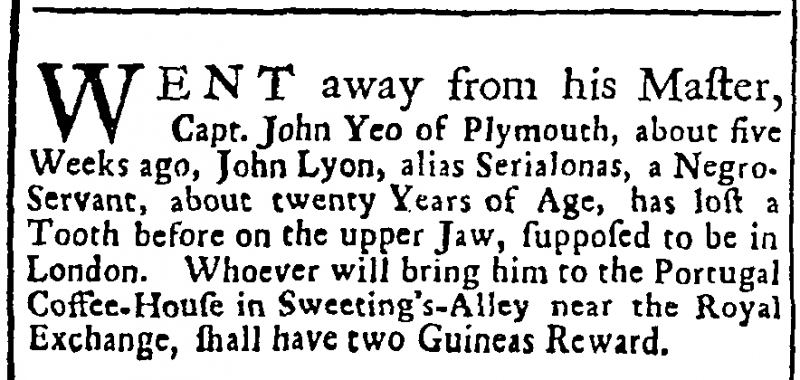
Daily Advertiser, 13 March 1731 (England)
WENT away from his Master, Capt. John Yeo of Plymouth, about five Weeks ago, John Lyon, alias Serialonas, a Negro-Servant, about twenty Years of Age, has lost a Tooth before on the upper Jaw, supposed to be in London. Whoever will bring him to the Portugal Coffee-House in Sweeting’s-Alley near the Royal Exchange, shall have two Guineas Reward.